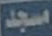
مسجد